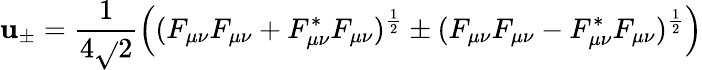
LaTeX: \mathbf{u}_{\pm}=\frac{{1}}{{4\sqrt{}{{2}}}}\Big((F_{\mu\nu}F_{\mu\nu}+F_{\mu\nu}^{*}F_{\mu\nu})^{\frac{{1}}{{2}}}\pm(F_{\mu\nu}F_{\mu\nu}-F_{\mu\nu}^{*}F_{\mu\nu})^{\frac{{1}}{{2}}}\Big)